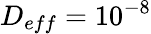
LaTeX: D_{eff}=10^{-8}